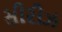
સીરીઝ